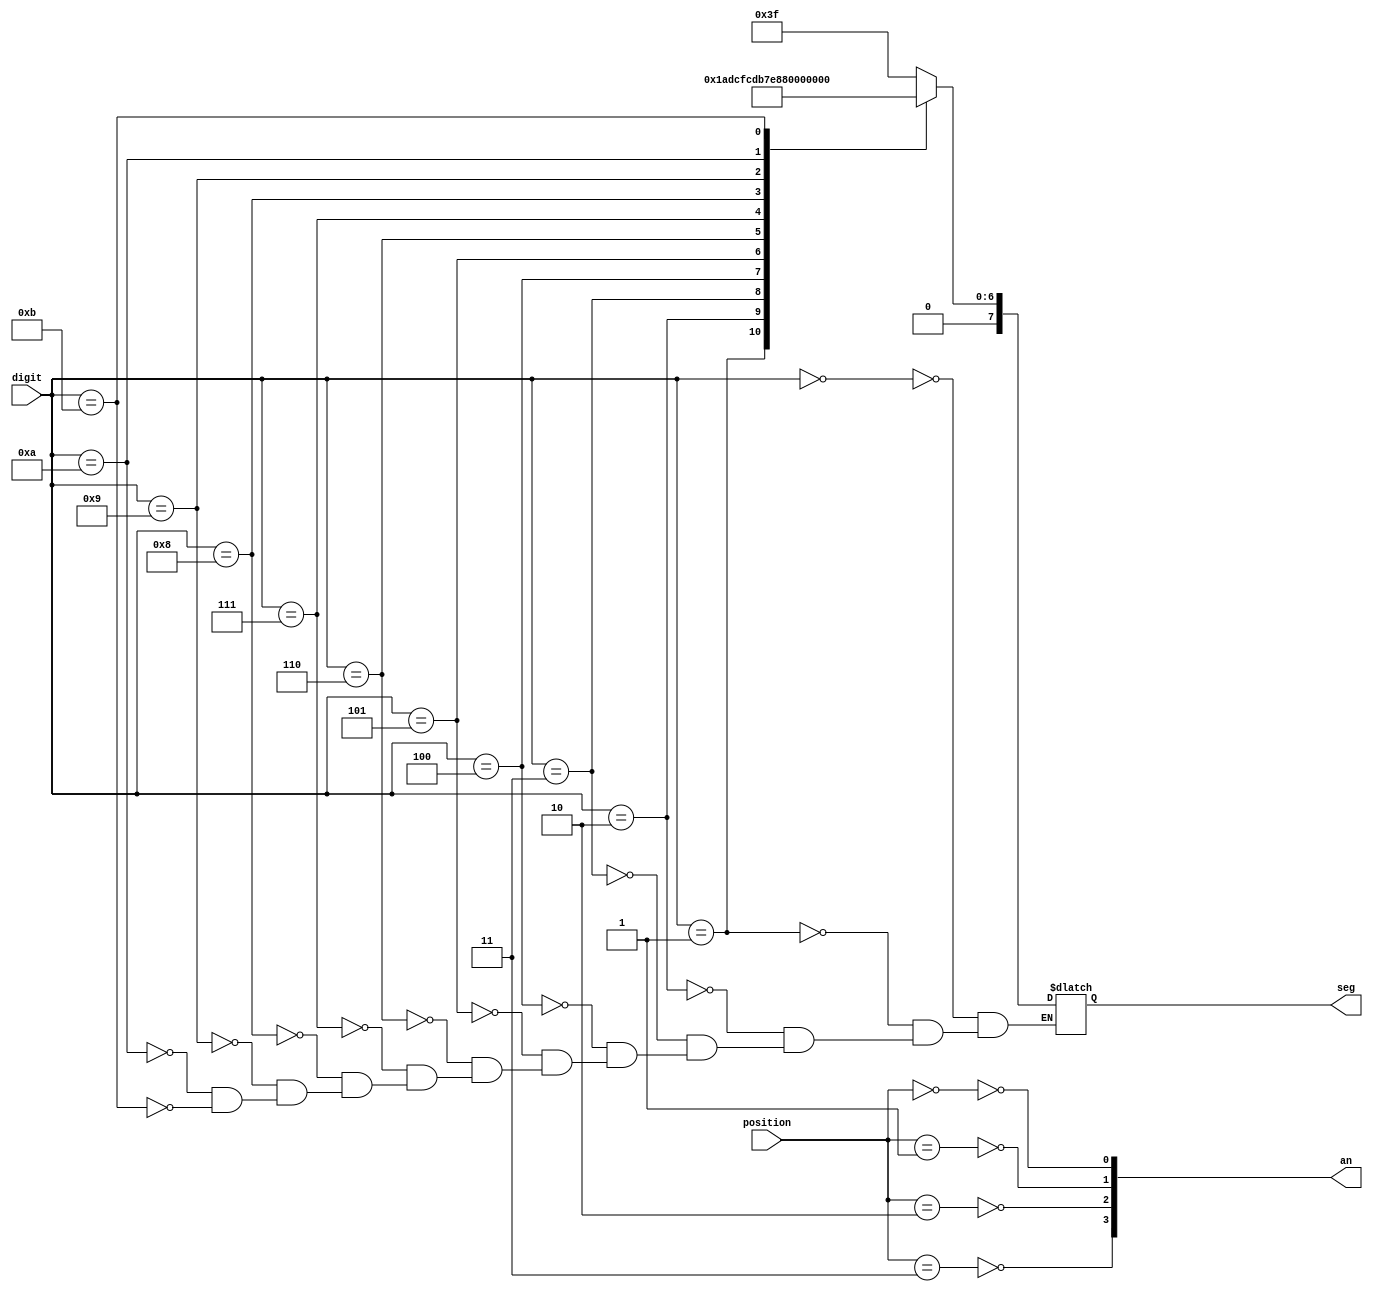
module seven_seg_ctrl (digit,    //Input
                       position, //Input
                       seg,      //Output
                       an        //Output
                      );

input [3:0] digit; //Value between 0 and 9
input [1:0] position; 
output reg [7:0] seg;
output reg [3:0] an;

always @* begin
  /* Enable only 'position' position
     Note: on = 0, off = 1 */
  an[0] = ~(position == 0);
  an[1] = ~(position == 1);
  an[2] = ~(position == 2);
  an[3] = ~(position == 3);

  /* Correctly set segments */
  case (digit)
    0: seg = 'b00111111; //Also O character
    1: seg = 'b00000110;
    2: seg = 'b01011011;
    3: seg = 'b01001111;
    4: seg = 'b01100110;
    5: seg = 'b01101101; //Also S character
    6: seg = 'b01111101;
    7: seg = 'b00000111;
    8: seg = 'b01111111;
    9: seg = 'b01101111;
    10: seg = 'b00111000; //L character
    11: seg = 'b01111001; //E character
  endcase
end

endmodule